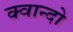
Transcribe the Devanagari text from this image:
क्वान्दो